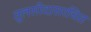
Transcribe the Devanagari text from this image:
तुलसीदासरचित